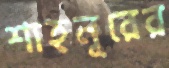
শাহনূরের